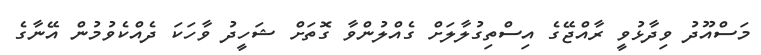
މަސްއޫދު ވިދާޅުވީ ރާއްޖޭގެ އިސްތިގުލާލަށް ގެއްލުންވާ ގޮތަށް ޝަހީދު ވާހަކަ ދެއްކެވުމުން އޭނާގެ